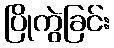
ပြိုကွဲခြင်း